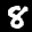
Label: 8